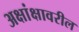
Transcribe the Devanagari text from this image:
अक्षांक्षावरील